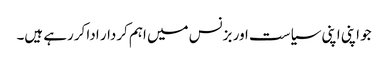
جو اپنی اپنی سیاست اور بزنس میں اہم کردار ادا کررہے ہیں۔